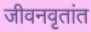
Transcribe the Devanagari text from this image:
जीवनवृतांत